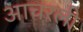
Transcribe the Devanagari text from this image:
आचरली